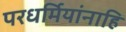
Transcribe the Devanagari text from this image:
परधर्मियांनाहि